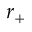
r _ { + }